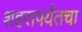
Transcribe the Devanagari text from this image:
शहरापर्यंतचा